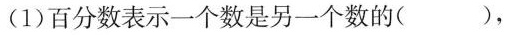
(1)百分数表示一个数是另一个数的（），